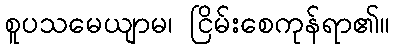
စူပသမေယျာမ၊ ငြိမ်းစေကုန်ရာ၏။